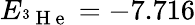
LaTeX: E_{^3\mathrm{~H~e~}}=-7.716